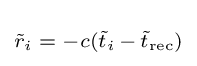
\scriptstyle {\tilde {r}}_{i}\;=\;-c({\tilde {t}}_{i}\,-\,{\tilde {t}}_{\text{rec}})